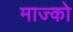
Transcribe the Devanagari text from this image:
माज्को